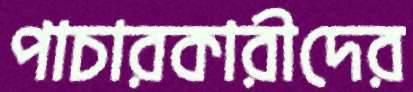
পাচারকারীদের